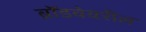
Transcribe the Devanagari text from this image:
ब्रॉडवेवरील